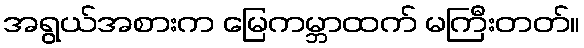
အရွယ်အစားက မြေကမ္ဘာထက် မကြီးတတ်။